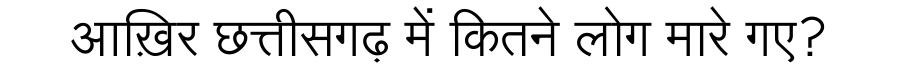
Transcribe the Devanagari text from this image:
आख़िर छत्तीसगढ़ में कितने लोग मारे गए?